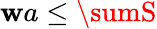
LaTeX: \mathbf{w}a\leq\sumS